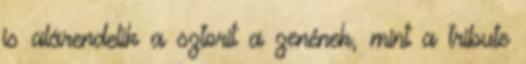
is alárendelik a sztorit a zenének, mint a tribute